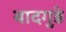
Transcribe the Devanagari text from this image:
बादगुड़े